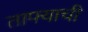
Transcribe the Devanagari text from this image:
ताफ्याची